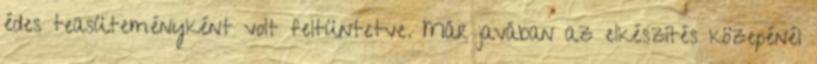
édes teasüteményként volt feltüntetve. Már javában az elkészítés közepénél